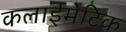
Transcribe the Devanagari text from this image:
कलाईमेटिक